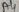
Text: A4